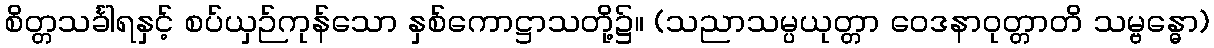
စိတ္တသင်္ခါရနှင့် စပ်ယှဉ်ကုန်သော နှစ်ကောဋ္ဌာသတို့၌။ (သညာသမ္ပယုတ္တာ ဝေဒနာဝုတ္တာတိ သမ္ဗန္ဓော)